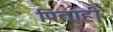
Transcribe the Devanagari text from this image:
पिताही